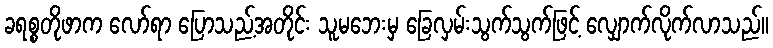
ခရစ္စတိုဖာက လော်ရာ ပြောသည့်အတိုင်း သူမဘေးမှ ခြေလှမ်းသွက်သွက်ဖြင့် လျှောက်လိုက်လာသည်။